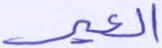
العير